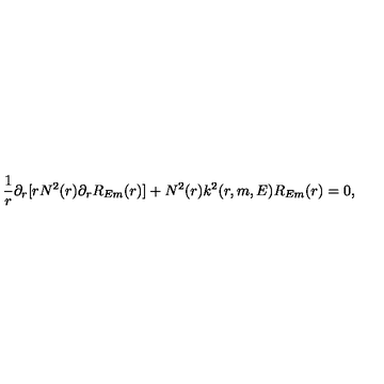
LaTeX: \frac { 1 } { r } \partial _ { r } [ r N ^ { 2 } ( r ) \partial _ { r } R _ { E m } ( r ) ] + N ^ { 2 } ( r ) k ^ { 2 } ( r , m , E ) R _ { E m } ( r ) = 0 ,